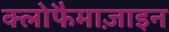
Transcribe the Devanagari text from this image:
क्लोफैमाज़ाइन